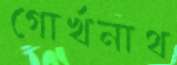
গোর্খনাথ